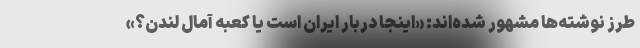
طرز نوشته‌ها مشهور شده‌اند: «اینجا دربار ایران است یا کعبه آمال لندن؟»